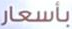
بأسعار